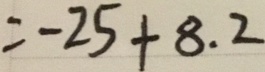
= - 2 5 + 8 . 2